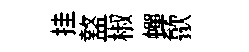
挂盩椒蟬歙